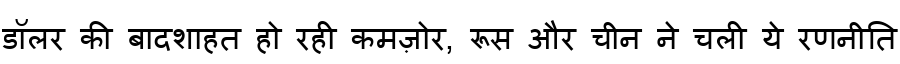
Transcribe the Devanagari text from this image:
डॉलर की बादशाहत हो रही कमज़ोर, रूस और चीन ने चली ये रणनीति